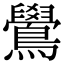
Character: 鷽